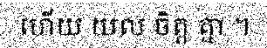
ហើយ យល ចិត្ត គ្នា ។